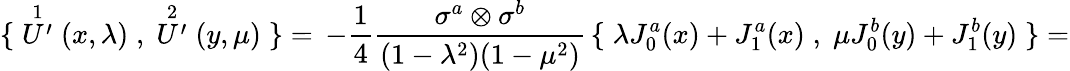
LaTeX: \{ \; \stackrel{1}{U^{\prime}}(x,\lambda)\; ,\; \stackrel{2}{U^{\prime}}(y,\mu)\; \} =\, -\frac{1}{4}\frac{\sigma^{a}\otimes\sigma^{b}}{(1-\lambda^{2})(1-\mu^{2})}\, \{ \; \lambda J_{0}^{a}(x)+J_{1}^{a}(x)\; ,\; \mu J_{0}^{b}(y)+J_{1}^{b}(y)\; \} =